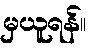
မှယူရန်။